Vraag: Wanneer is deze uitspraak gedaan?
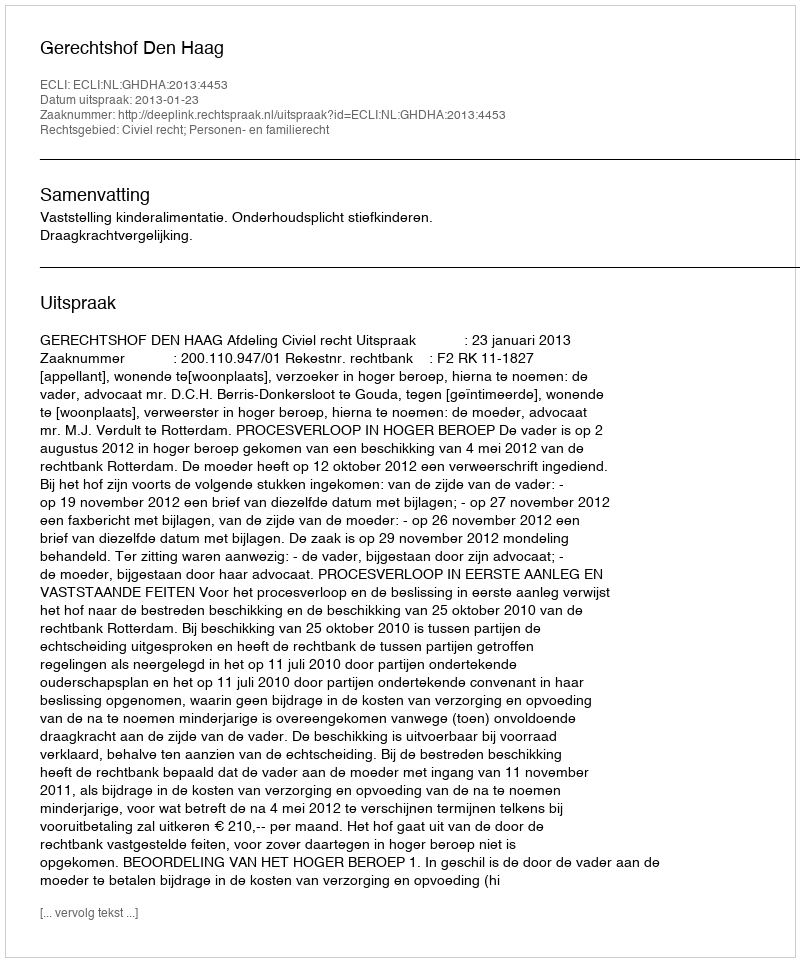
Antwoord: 2013-01-23